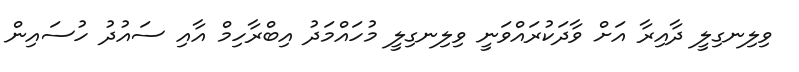
ވިލިނގިލީ ދާއިރާ އަށް ވާދަކުރައްވަނީ ވިލިނގިލީ މުހައްމަދު އިބްރާހިމް އާއި ސައުދު ހުސައިން